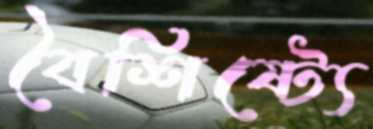
বৈশিষ্ট্যে